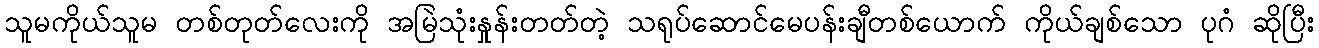
သူမကိုယ်သူမ တစ်တုတ်လေးကို အမြဲသုံးနှုန်းတတ်တဲ့ သရုပ်ဆောင်မေပန်းချီတစ်ယောက် ကိုယ်ချစ်သော ပုဂံ ဆိုပြီး